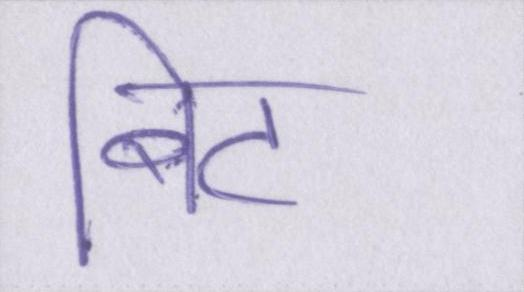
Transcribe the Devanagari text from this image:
बिट